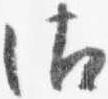
御